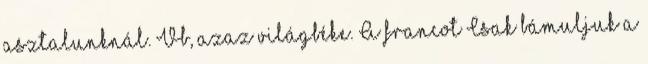
asztalunknál. Vb, azaz világbéke. A francot Csak bámuljuk a